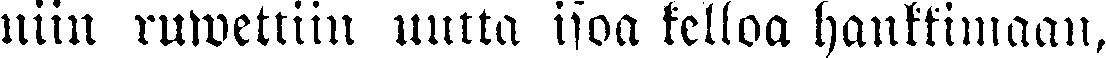
niin ruwettiin uutta isoa kelloa hankkimaan,